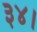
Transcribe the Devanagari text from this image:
३४।